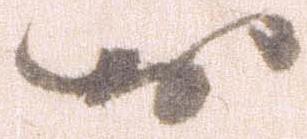
お